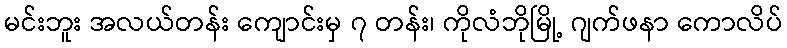
မင်းဘူး အလယ်တန်း ကျောင်းမှ ၇ တန်း၊ ကိုလံဘိုမြို့ ဂျက်ဖနာ ကောလိပ်